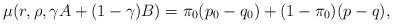
LaTeX: \begin{align*}\mu(r,\rho,\gamma A+(1-\gamma)B)=\pi_0(p_0-q_0)+(1-\pi_0)(p-q),\end{align*}